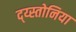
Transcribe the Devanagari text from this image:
द्य्स्तोनिया